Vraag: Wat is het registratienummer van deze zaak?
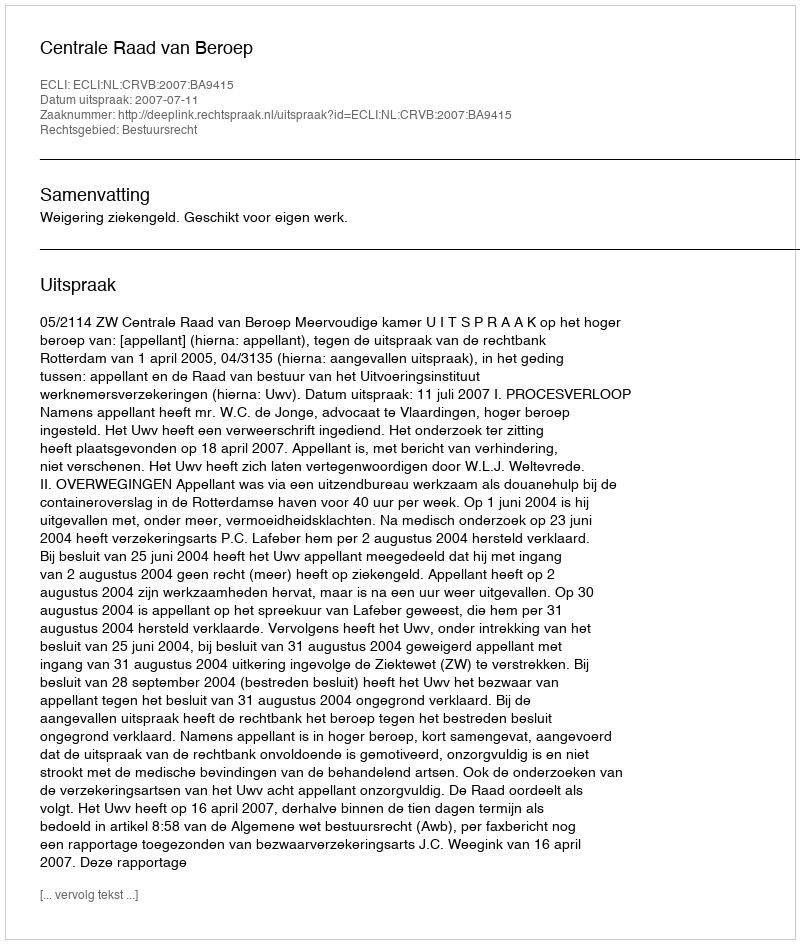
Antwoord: http://deeplink.rechtspraak.nl/uitspraak?id=ECLI:NL:CRVB:2007:BA9415